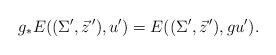
LaTeX: \begin{align*}g_*E((\Sigma',\vec z^{\,\prime}),u') = E((\Sigma',\vec z^{\,\prime}),gu').\end{align*}